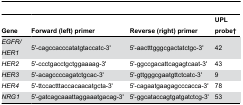
| Gene | Forward (left) primer | Reverse (right) primer | UPL probe† |
 | --- | --- | --- | --- |
 | EGFR/HER1 | 5'-cagccacccatatgtaccatc-3' | 5'-aactttgggcgactatctgc-3' | 42 |
 | HER2 | 5'-ccctgacctgctggaaaag-3' | 5'-ggccgacattcagagtcaat-3' | 43 |
 | HER3 | 5'-acagccccagatctgcac-3' | 5'-gttgggcgaatgttctcatc-3' | 9 |
 | HER4 | 5'-ttccactttaccacaacatgcta-3' | 5'-cagaatgaagagcccacca-3' | 78 |
 | NRG1 | 5'-gatcagcaaattaggaaatgacag-3' | 5'-ggcataccagtgatgatctcg-3' | 53 |